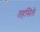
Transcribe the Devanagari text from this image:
तहसिले